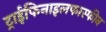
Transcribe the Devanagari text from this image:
ट्राईफिनाइलफास्फीन